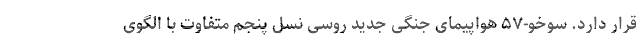
قرار دارد. سوخو-۵۷ هواپیمای جنگی جدید روسی نسل پنجم متفاوت با الگوی